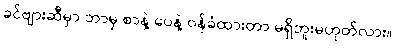
ခင်ဗျားဆီမှာ ဘာမှ စာနဲ့ ပေနဲ့ ဝန်ခံထားတာ မရှိဘူးမဟုတ်လား။